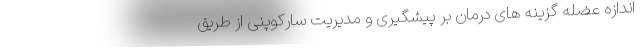
اندازه عضله گزینه های درمان بر پیشگیری و مدیریت سارکوپنی از طریق